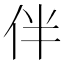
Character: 伴